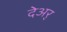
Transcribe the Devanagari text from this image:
देअर्